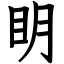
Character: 眀